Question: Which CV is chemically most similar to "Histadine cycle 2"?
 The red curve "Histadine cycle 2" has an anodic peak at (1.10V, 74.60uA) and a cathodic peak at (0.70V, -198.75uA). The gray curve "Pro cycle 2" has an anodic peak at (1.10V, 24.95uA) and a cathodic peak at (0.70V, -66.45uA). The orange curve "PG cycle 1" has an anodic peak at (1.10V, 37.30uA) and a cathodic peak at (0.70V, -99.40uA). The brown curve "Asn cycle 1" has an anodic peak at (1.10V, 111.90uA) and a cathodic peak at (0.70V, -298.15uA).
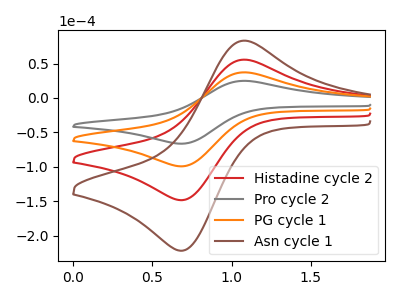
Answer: <think>All the peaks in "Histadine cycle 2" have a peak in "Pro cycle 2" at the same potential. Every peak in "Histadine cycle 2" is higher than every peak in "Pro cycle 2". All the peaks in "Histadine cycle 2" have a peak in "PG cycle 1" at the same potential. Every peak in "Histadine cycle 2" is higher than every peak in "PG cycle 1". All the peaks in "Histadine cycle 2" have a peak in "Asn cycle 1" at the same potential. Every peak in "Histadine cycle 2" is lower than every peak in "Asn cycle 1". All the peaks in "Pro cycle 2" have a peak in "PG cycle 1" at the same potential. Every peak in "Pro cycle 2" is lower than every peak in "PG cycle 1". All the peaks in "Pro cycle 2" have a peak in "Asn cycle 1" at the same potential. Every peak in "Pro cycle 2" is lower than every peak in "Asn cycle 1". All the peaks in "PG cycle 1" have a peak in "Asn cycle 1" at the same potential. Every peak in "PG cycle 1" is lower than every peak in "Asn cycle 1".
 </think>
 <answer>"Histadine cycle 2", "PG cycle 1" and "Asn cycle 1" have a similar shape to "Pro cycle 2".</answer>
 <eval>"Histadine cycle 2" "PG cycle 1" "Asn cycle 1"</eval>